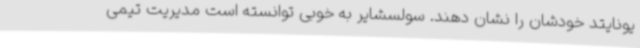
یونایتد خودشان را نشان دهند. سولسشایر به خوبی توانسته است مدیریت تیمی